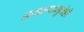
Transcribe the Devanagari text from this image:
असल्यामुळेही